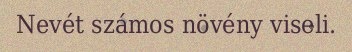
Nevét számos növény viseli.